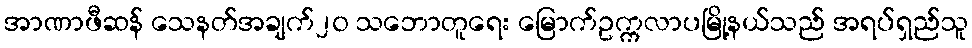
အာဏာဖီဆန် သေနတ်အချက်၂၀ သဘောတူရေး မြောက်ဥက္ကလာပမြို့နယ်သည် အရပ်ရှည်သူ